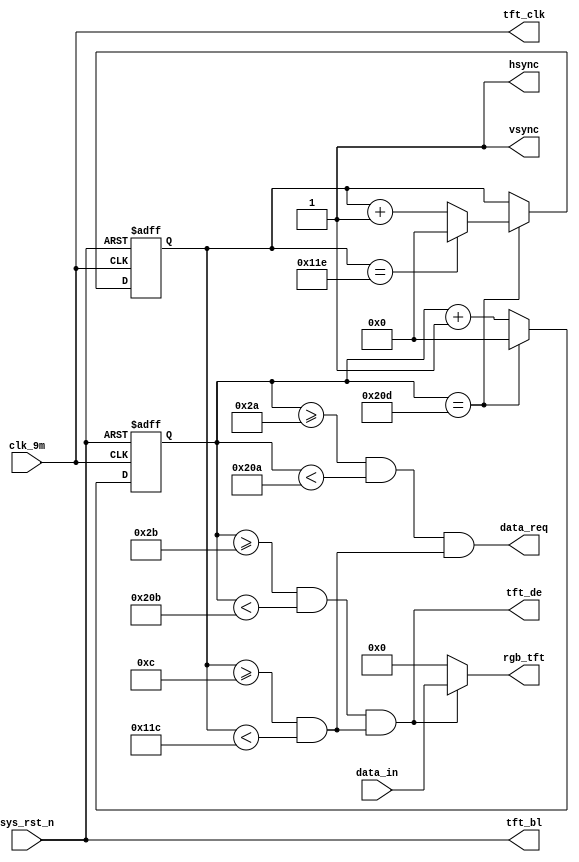
`timescale  1ns/1ns
////////////////////////////////////////////////////////////////////////
// Module Name   : tft_ctrl
// Project Name  : sd_tft_pic
// Target Devices: Altera EP4CE10F17C8N
// Tool Versions : Quartus 13.0
// Description   : TFT_LCD
// 
// Revision      : V1.0
// Additional Comments:
// 
// : _Pro_FPGA
//     : http://www.embedfire.com
//     : http://www.firebbs.cn
//     : https://fire-stm32.taobao.com
////////////////////////////////////////////////////////////////////////

module  tft_ctrl
(
    input   wire            clk_9m      ,   //,9MHz
    input   wire            sys_rst_n   ,   //,
    input   wire    [15:0]  data_in     ,   //

    output  wire            data_req    ,   //
    output  wire    [15:0]  rgb_tft     ,   //TFT
    output  wire            hsync       ,   //TFT
    output  wire            vsync       ,   //TFT
    output  wire            tft_clk     ,   //TFT
    output  wire            tft_de      ,   //TFT
    output  wire            tft_bl          //TFT
);

//********************************************************************//
//****************** Parameter and Internal Signal *******************//
//********************************************************************//

//parameter     define
parameter   H_SYNC      =   11'd41  ,   //
            H_BACK      =   11'd2   ,   //
            H_LEFT      =   11'd0   ,   //
            H_VALID     =   11'd480 ,   //
            H_RIGHT     =   11'd0   ,   //
            H_FRONT     =   11'd2   ,   //
            H_TOTAL     =   11'd525 ;   //
parameter   V_SYNC      =   11'd10  ,   //
            V_BACK      =   11'd2   ,   //
            V_TOP       =   11'd0   ,   //
            V_VALID     =   11'd272 ,   //
            V_BOTTOM    =   11'd0   ,   //
            V_FRONT     =   11'd2   ,   //
            V_TOTAL     =   11'd286 ;   //

//wire  define
wire    data_valid  ;//

//reg   define
reg     [9:0]   cnt_h   ;   //
reg     [9:0]   cnt_v   ;   //

//********************************************************************//
//***************************** Main Code ****************************//
//********************************************************************//

//tft_clk,tft_de,tft_bl:TFT
assign  tft_clk = clk_9m    ;
assign  tft_de  = data_valid;
assign  tft_bl  = sys_rst_n ;

//cnt_h:
always@(posedge clk_9m or negedge sys_rst_n)
    if(sys_rst_n == 1'b0)
        cnt_h   <=  10'd0;
    else    if(cnt_h == H_TOTAL)
        cnt_h   <=  10'd0;
    else
        cnt_h   <=  cnt_h + 10'd1;

//cnt_v:
always@(posedge clk_9m or negedge sys_rst_n)
    if(sys_rst_n == 1'b0)
        cnt_v   <=  10'd0;
    else    if(cnt_h == H_TOTAL) 
    begin
        if(cnt_v == V_TOTAL)
            cnt_v   <=  10'd0;
        else
            cnt_v   <=  cnt_v + 10'd1;
    end
    else 
        cnt_v   <=  cnt_v;

//data_valid:
assign  data_valid = ((cnt_h >= (H_SYNC + H_BACK + H_LEFT)) && (cnt_h < (H_SYNC + H_BACK + H_LEFT + H_VALID)))
                    &&((cnt_v >= (V_SYNC + V_BACK + V_TOP)) && (cnt_v < (V_SYNC + V_BACK + V_TOP + V_VALID)));
//data_req:
assign  data_req = ((cnt_h >= (H_SYNC + H_BACK + H_LEFT - 1'b1)) && (cnt_h < (H_SYNC + H_BACK + H_LEFT + H_VALID - 1'b1)))
                    &&((cnt_v >= (V_SYNC + V_BACK + V_TOP)) && (cnt_v < (V_SYNC + V_BACK + V_TOP + V_VALID)));

//hsync,vsync,rgb_tft:
assign  hsync   = 1'b1;
assign  vsync   = 1'b1;
assign  rgb_tft = (data_valid == 1'b1) ? data_in : 16'h0000;

endmodule